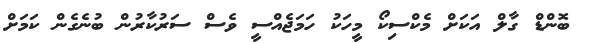
ބޮންޑް ގާލް އަކަށް މެކްސިކޯ މީހަކު ހަމަޖެއްސީ ވެސް ސަރުކާރުން ބުނެގެން ކަމަށް